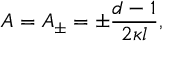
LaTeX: A = A _ { \pm } = \pm \frac { d - 1 } { 2 \kappa l } ,